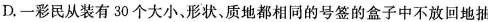
D.一彩民从装有30个大小、形状、质地都相同的号签的盒子中不放回地抽